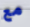
مع